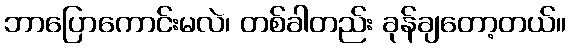
ဘာပြောကောင်းမလဲ၊ တစ်ခါတည်း ခုန်ချတော့တယ်။